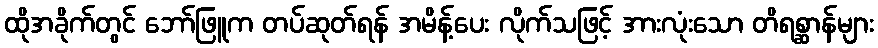
ထိုအခိုက်တွင် ဘော်ဖြူက တပ်ဆုတ်ရန် အမိန့်ပေး လိုက်သဖြင့် အားလုံးသော တိရစ္ဆာန်များ